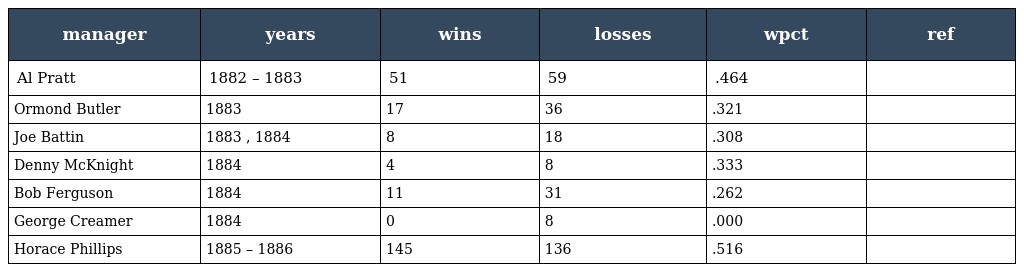
| manager | years | wins | losses | wpct | ref |
 | --- | --- | --- | --- | --- | --- |
 | Al Pratt | 1882 – 1883 | 51 | 59 | .464 |  |
 | Ormond Butler | 1883 | 17 | 36 | .321 |  |
 | Joe Battin | 1883 , 1884 | 8 | 18 | .308 |  |
 | Denny McKnight | 1884 | 4 | 8 | .333 |  |
 | Bob Ferguson | 1884 | 11 | 31 | .262 |  |
 | George Creamer | 1884 | 0 | 8 | .000 |  |
 | Horace Phillips | 1885 – 1886 | 145 | 136 | .516 |  |